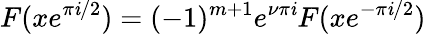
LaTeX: F(xe^{\pi\mathit{i}/2})=(-1)^{m+1}e^{\nu\pi\mathit{i}}F(xe^{-\pi\mathit{i}/2})